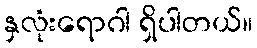
နှလုံးရောဂါ ရှိပါတယ်။